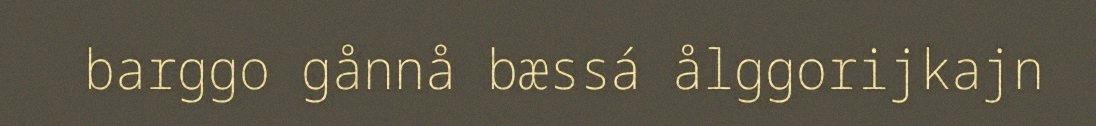
barggo gånnå bæssá ålggorijkajn